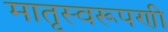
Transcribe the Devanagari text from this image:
मातृस्वरूपणी